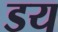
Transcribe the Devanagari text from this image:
डय